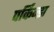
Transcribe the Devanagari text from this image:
पर्किन्झ